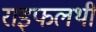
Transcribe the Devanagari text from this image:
राइफलथी